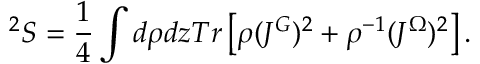
^ 2 S = \frac { 1 } { 4 } \int d \rho d z T r \left[ \rho ( J ^ { G } ) ^ { 2 } + \rho ^ { - 1 } ( J ^ { \Omega } ) ^ { 2 } \right] .